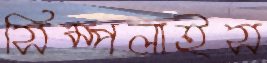
সিম্পলাইস